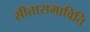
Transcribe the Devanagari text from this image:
सीतारामाविति